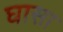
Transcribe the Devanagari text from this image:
घासा